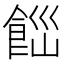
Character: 𩛋